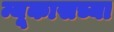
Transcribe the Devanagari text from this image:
न्यूकासच्या